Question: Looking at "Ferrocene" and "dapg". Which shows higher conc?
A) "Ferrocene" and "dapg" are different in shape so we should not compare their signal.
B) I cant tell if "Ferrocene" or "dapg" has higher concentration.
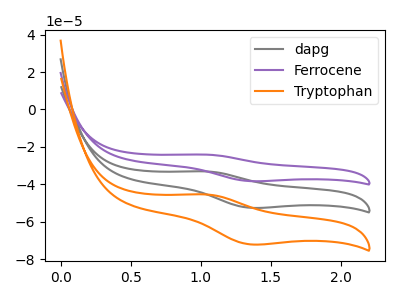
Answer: <think>The gray curve "dapg" has an anodic peak at (1.05V, -33.05uA) and a cathodic peak at (1.35V, -52.50uA). The purple curve "Ferrocene" has an anodic peak at (1.05V, -24.10uA) and a cathodic peak at (1.35V, -38.25uA). The orange curve "Tryptophan" has an anodic peak at (1.05V, -66.15uA) and a cathodic peak at (1.35V, -105.05uA).
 All the peaks in "Ferrocene" have a peak in "dapg" at the same potential.</think>
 <answer>B) I cant tell if "Ferrocene" or "dapg" has higher concentration.</answer>
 <eval>B</eval>